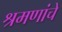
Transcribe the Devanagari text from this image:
श्रमणांचे